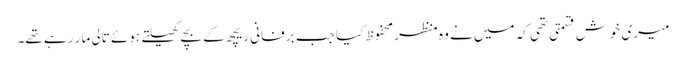
میری خوش قسمتی تھی کہ میں نے وہ منظر محفوظ کیا جب برفانی ریچھ کے بچے کھیلتے ہوئے تالی مار رہے تھے۔